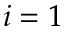
i = 1